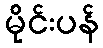
မိုင်းပန်